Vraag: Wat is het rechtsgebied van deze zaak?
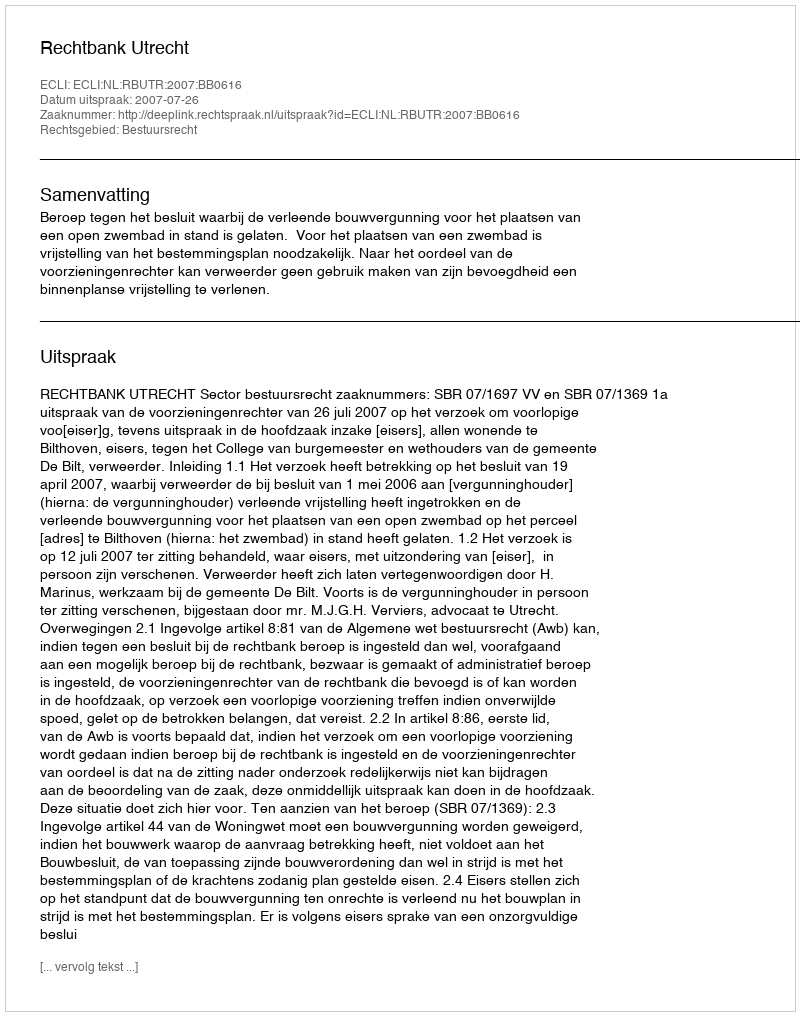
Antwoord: Bestuursrecht